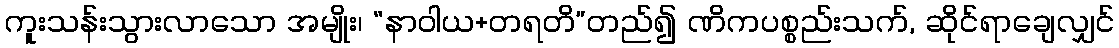
ကူးသန်းသွားလာသော အမျိုး၊ “နာဝါယ+တရတိ”တည်၍ ဏိကပစ္စည်းသက်, ဆိုင်ရာချေလျှင်